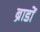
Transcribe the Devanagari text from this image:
ब्राडों